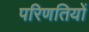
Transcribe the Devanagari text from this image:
परिणतियों